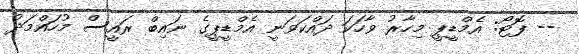
-- ފޮޓޯ: އެމްޑީޕީ މިހާރު ވާހަކަ ދައްކަވަނީ އެމްޑީޕީގެ ނައިބް ރައީސް މުހައްމަދު